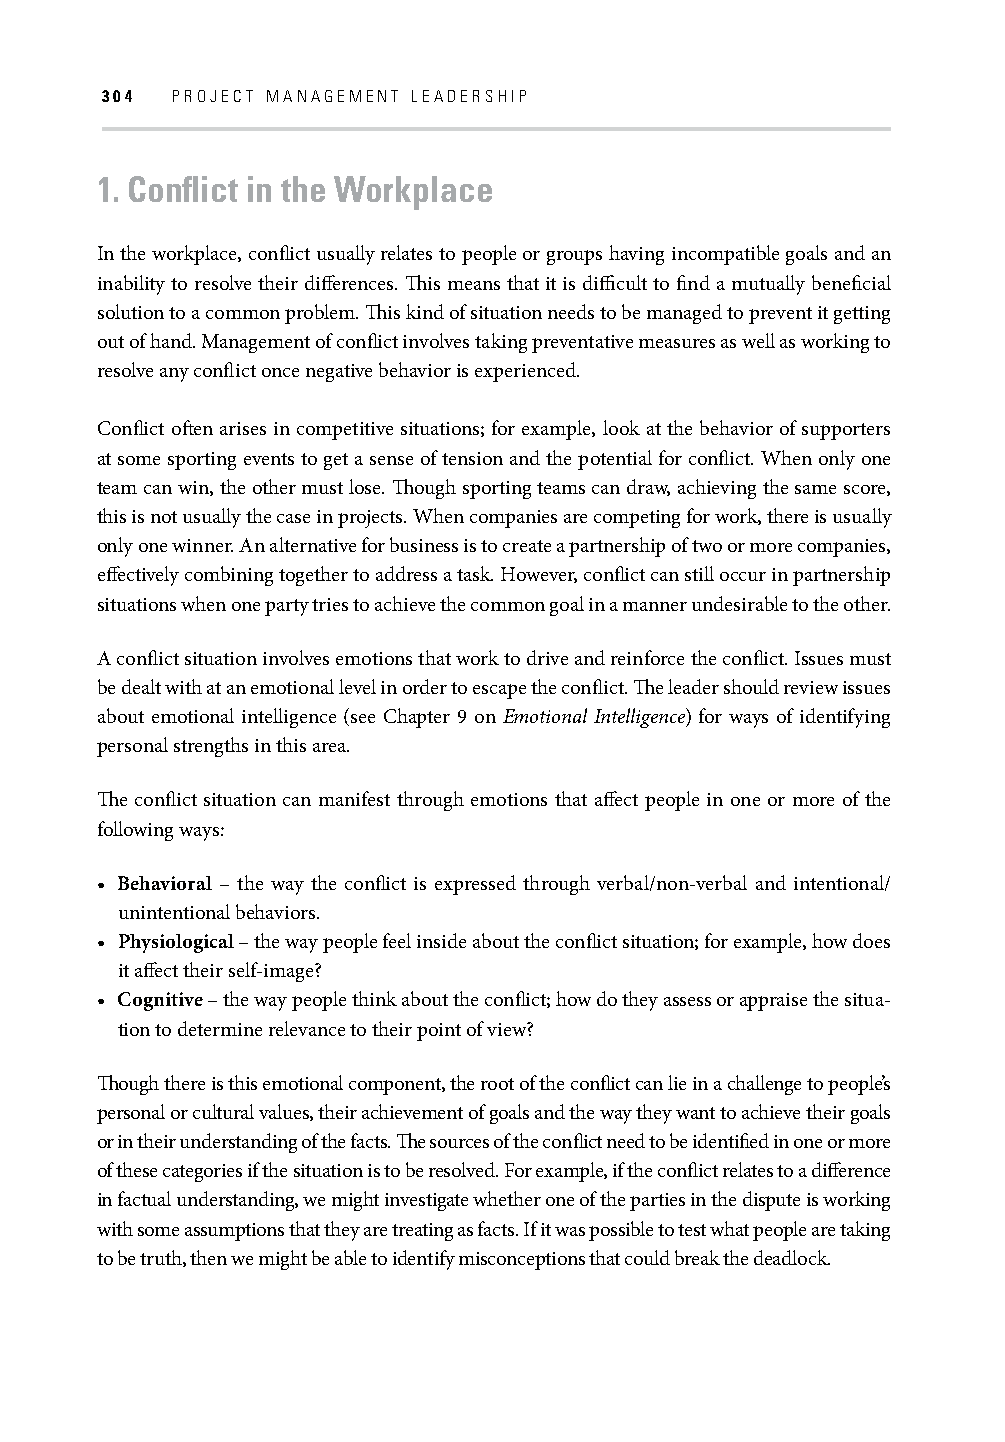
304 PROJECT MANAGEMENT LEADERSHIP
 1. Confl ict in the Workplace
 In the workplace, confl ict usually relates to people or groups having incompatible goals and an
 inability to resolve their diff erences. Th is means that it is diffi cult to fi nd a mutually benefi cial
 solution to a common problem. Th is kind of situation needs to be managed to prevent it getting
 out of hand. Management of confl ict involves taking preventative measures as well as working to
 resolve any confl ict once negative behavior is experienced.
 Confl ict oft en arises in competitive situations; for example, look at the behavior of supporters
 at some sporting events to get a sense of tension and the potential for confl ict. When only one
 team can win, the other must lose. Th ough sporting teams can draw, achieving the same score,
 this is not usually the case in projects. When companies are competing for work, there is usually
 only one winner. An alternative for business is to create a partnership of two or more companies,
 eff ectively combining together to address a task. However, confl ict can still occur in partnership
 situations when one party tries to achieve the common goal in a manner undesirable to the other.
 A confl ict situation involves emotions that work to drive and reinforce the confl ict. Issues must
 be dealt with at an emotional level in order to escape the confl ict. Th e leader should review issues
 about emotional intelligence (see Chapter 9 on Emotional Intelligence) for ways of identifying
 personal strengths in this area.
 Th e confl ict situation can manifest through emotions that aff ect people in one or more of the
 following ways:
 • Behavioral – the way the confl ict is expressed through verbal/non-verbal and intentional/
 unintentional behaviors.
 • Physiological – the way people feel inside about the confl ict situation; for example, how does
 it aff ect their self-image?
 • Cognitive – the way people think about the confl ict; how do they assess or appraise the situa-
 tion to determine relevance to their point of view?
 Th ough there is this emotional component, the root of the confl ict can lie in a challenge to people’s
 personal or cultural values, their achievement of goals and the way they want to achieve their goals
 or in their understanding of the facts. Th e sources of the confl ict need to be identifi ed in one or more
 of these categories if the situation is to be resolved. For example, if the confl ict relates to a diff erence
 in factual understanding, we might investigate whether one of the parties in the dispute is working
 with some assumptions that they are treating as facts. If it was possible to test what people are taking
 to be truth, then we might be able to identify misconceptions that could break the deadlock.